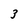
Character: 3